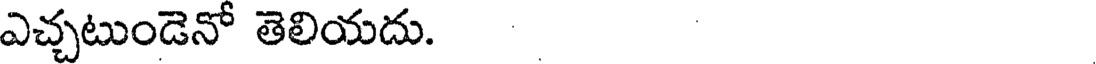
ఎచ్చటుండెనో తెలియదు.